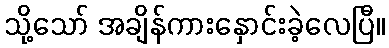
သို့သော် အချိန်ကားနှောင်းခဲ့လေပြီ။